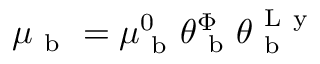
\mu _ { \mathrm { ~ b ~ } } = \mu _ { \mathrm { ~ b ~ } } ^ { 0 } \theta _ { \mathrm { ~ b ~ } } ^ { \Phi } \theta _ { \mathrm { ~ b ~ } } ^ { \mathrm { ~ L ~ y ~ } }